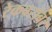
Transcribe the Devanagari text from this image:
रेकबरोबर